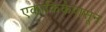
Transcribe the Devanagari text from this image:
एकांकिकेपासून